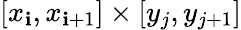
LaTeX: [x_{\mathbf{i}},x_{\mathbf{i}+1}]\times[y_{j},y_{j+1}]